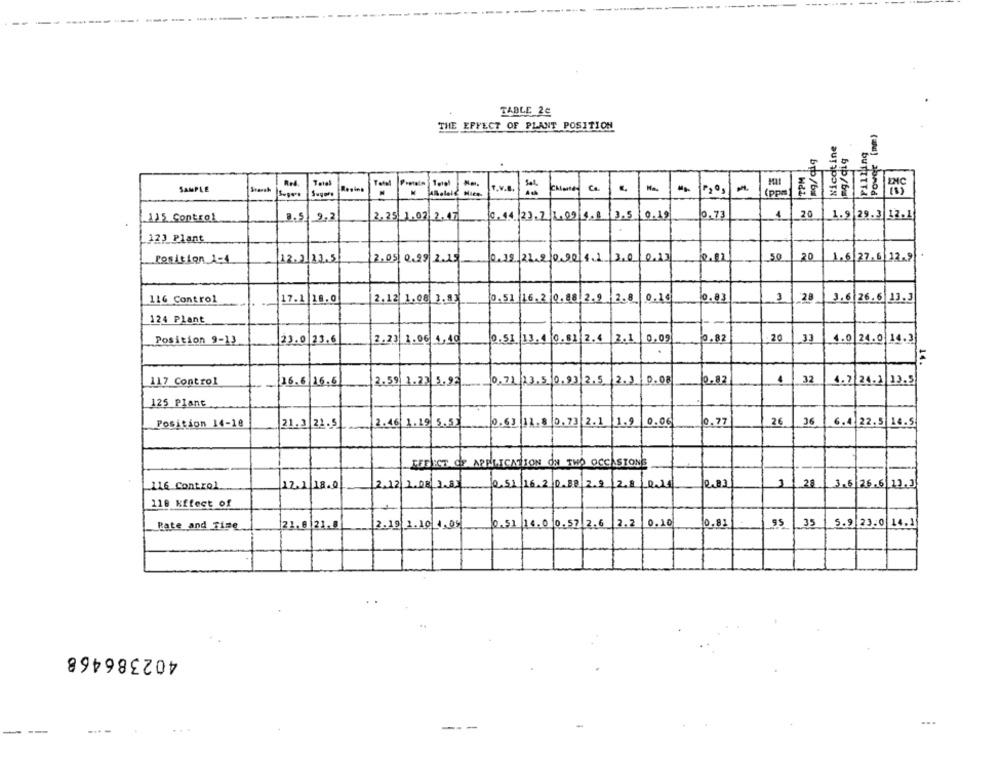
TABLE 2c
THE EFFECT OF PLANT POSITION
Nicotine
Pilling
SAMPLE
Tefal
T.V.B.
Sel.
Ca
(ppm
20
115 Control
3.5
9,2
2,25 1.02. 2.47
0.14 23.7 1.09 1.8 ( 3.5 0.19
10.73
1
1.9 29. 3|12.1
123 Plant
Position 1-4
12.2 22.5
2.05 0.99 2.15
0.19. 21.2 090 4.1
3,00,13
50
20
1.6 27.6 12.9
.51
116 Control
17.1 18.0
2.12 1.06 3. 83
16.2 0.88.2.9
0.14
0.03
3
28
3.6 26.6 13.3
124 Plant
Position 9-13
23.0 23.6
2.23 1.06 4,40
2.51 13. 4 0.81 2.4
2.1
0.09
0.82
20
.33
4.0 24.0 14.3
14.
.93 2.5 2. 3 0.08
10.02
4
32
4.7 24.1 13.5
117 Control
16.6 16.5
2.59 1.23 5.92
125 Plant
Position 14-18
21.3 21.5
2.46 1.19 5.5
0.63 11.8 0.73 2.1
1.9
0.06
0.77
26
16
6.4 22.5 14.5
EFFECT OF APPLICATION ON TWO OCCASIONS
EFFECT dr
.. 116 Control
12.1|18.0
2.12 1.08 1.
Q.51 16.2 0.88 2.9 |2.8 0
2.8
2.83
21
3.6 26.6 11.3
118 Kffect of
0.51 14.0 0.57 2.6 2.2
0.20
10.81
95
35
5.9 23.0 14.1
Rate and Time
21.0 21.0
2.19 1.10 1,05
402386468
...
---
---